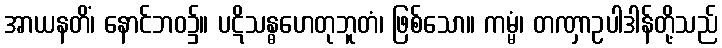
အာယနတိံ၊ နောင်ဘဝ၌။ ပဋိသန္ဓဟေတုဘူတံ၊ ဖြစ်သော။ ကမ္မံ၊ တဏှာဥပါဒါန်တို့သည်